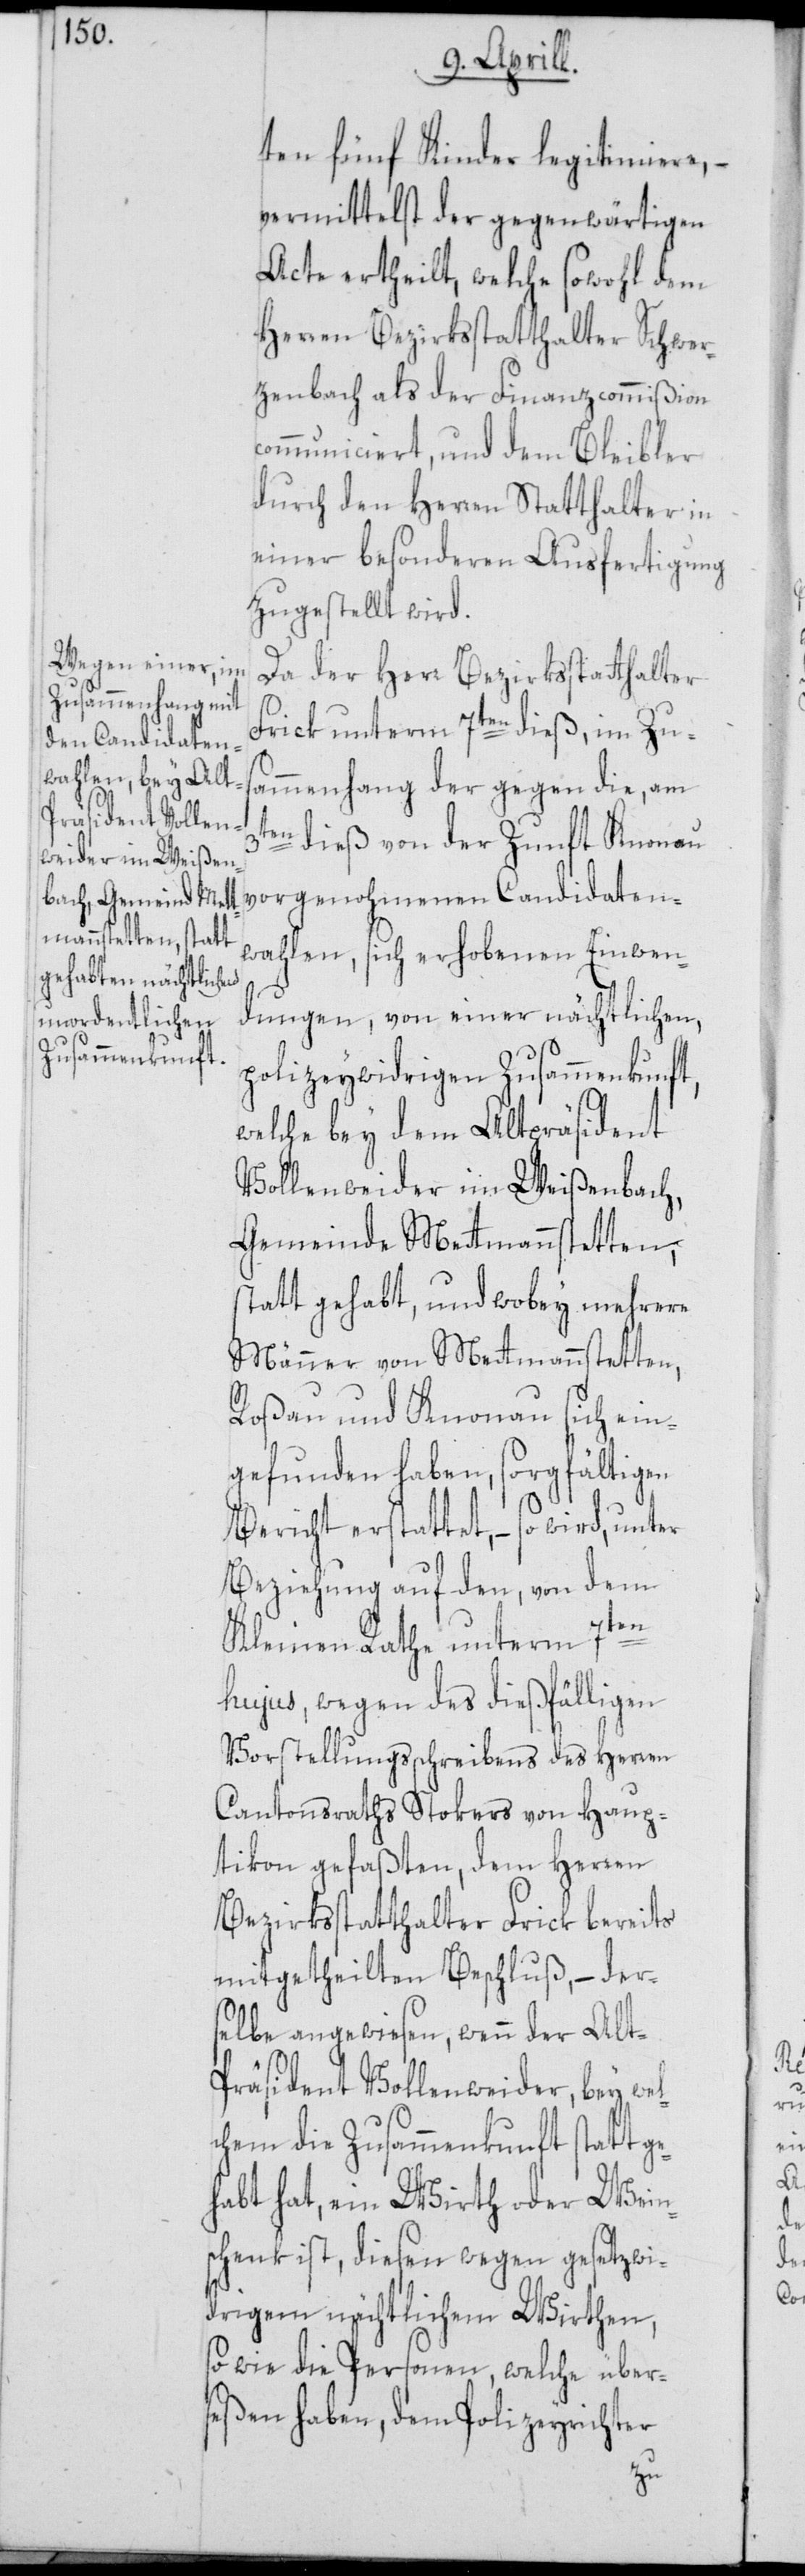
ten fünf Kinder legitimiere, –
vermittelst der gegenwärtigen
Acte ertheilt, welche sowohl dem
Herren Bezirksstatthalter Schwer¬
zenbach als der Finanzcommißion
communiciert, und dem Bleibler
durch den Herren Statthalter in
einer besonderen Ausfertigung
zugestellt wird.
Da der Herr Bezirksstatthalter
Frick unterm 7ten dieß, im Zus¬
ammenhang der gegen die, am
3ten dieß von der Zunft Knonau
vorgenohmenen Candidaten¬
wahlen, sich erhobenen Einwen¬
dungen, von einer nächtlichen,
polizeywidrigen Zusammenkunft,
welche bey dem Altpräsident
Vollenweider im Weißenbach,
Gemeinde Mettmannstetten,
statt gehabt, und wobey mehrere
Männer von Mettmannstetten,
Roßau und Knonau sich ein¬
gefunden haben, sorgfältigen
Bericht erstattet, – so wird, unter
Beziehung auf den, von dem
Kleinen Rathe unterm 7ten
hujus, wegen des dießfälligen
Vorstellungsschreibens des Herren
Cantonsraths Stokers von Haup¬
tikon gefaßten, dem Herren
Bezirksstatthalter Frick bereits
mitgetheilten Beschluß, – der¬
selbe angewiesen, wenn der Alt-P¬
räsident Vollenweider, bey wel¬
chem die Zusammenkunft statt g¬
habt hat, ein Wirth oder Wein¬
schenk ist, diesen wegen gesetzwi¬
drigem nächtlichem Wirthen,
so wie die Personen, welche über¬
seßen haben, dem Polizeyrichter
e¬